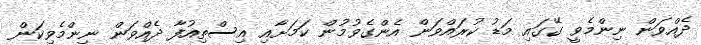
ދެއްވަން ނިންމެވީ ގޭގައި މަޑު ކުރައްވަން އެންގެވުމުން ކަމަށާއި އިސްތިއުފާ ދެއްވަން ނިންމެވިކަން